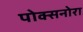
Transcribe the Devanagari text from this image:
पोक्सनोरा